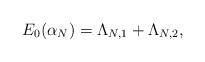
\begin{align*}E_{0}(\alpha_{N})=\Lambda_{N,1}+\Lambda_{N,2},\end{align*}